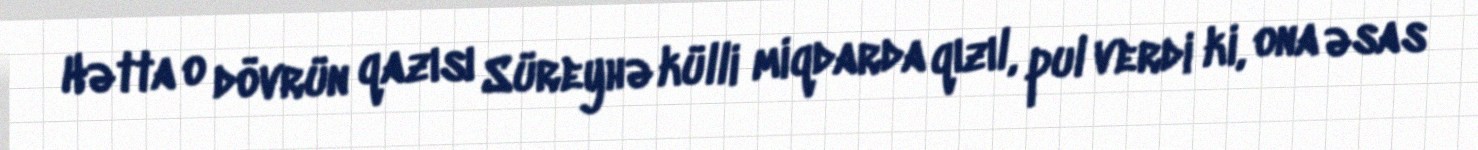
Hətta o dövrün qazısı Süreyhə külli miqdarda qızıl, pul verdi ki, ona əsas